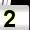
Digit: 2